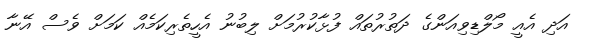
އަދި އެއީ މޯލްޑިވިއަންގެ ދަތުރުތައް ފުޅާކުރުމަށް ލިބުނު އެހީތެރިކަމެއް ކަމަށް ވެސް އޭނާ